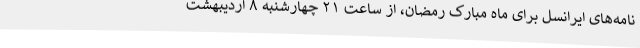
نامه‌های ایرانسل برای ماه مبارک رمضان، از ساعت ۲۱ چهارشنبه ۸ اردیبهشت